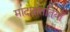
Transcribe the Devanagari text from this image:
मादासंततियाँ